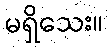
မရှိသေး။